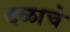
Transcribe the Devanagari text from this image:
दळाचे